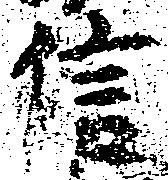
信